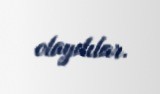
olaydılar.